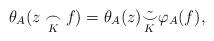
LaTeX: \begin{align*} \theta_A(z\underset{K}{\frown}f) = \theta_A(z) \tilde{\underset{K}{\smile}} \varphi_A(f),\end{align*}